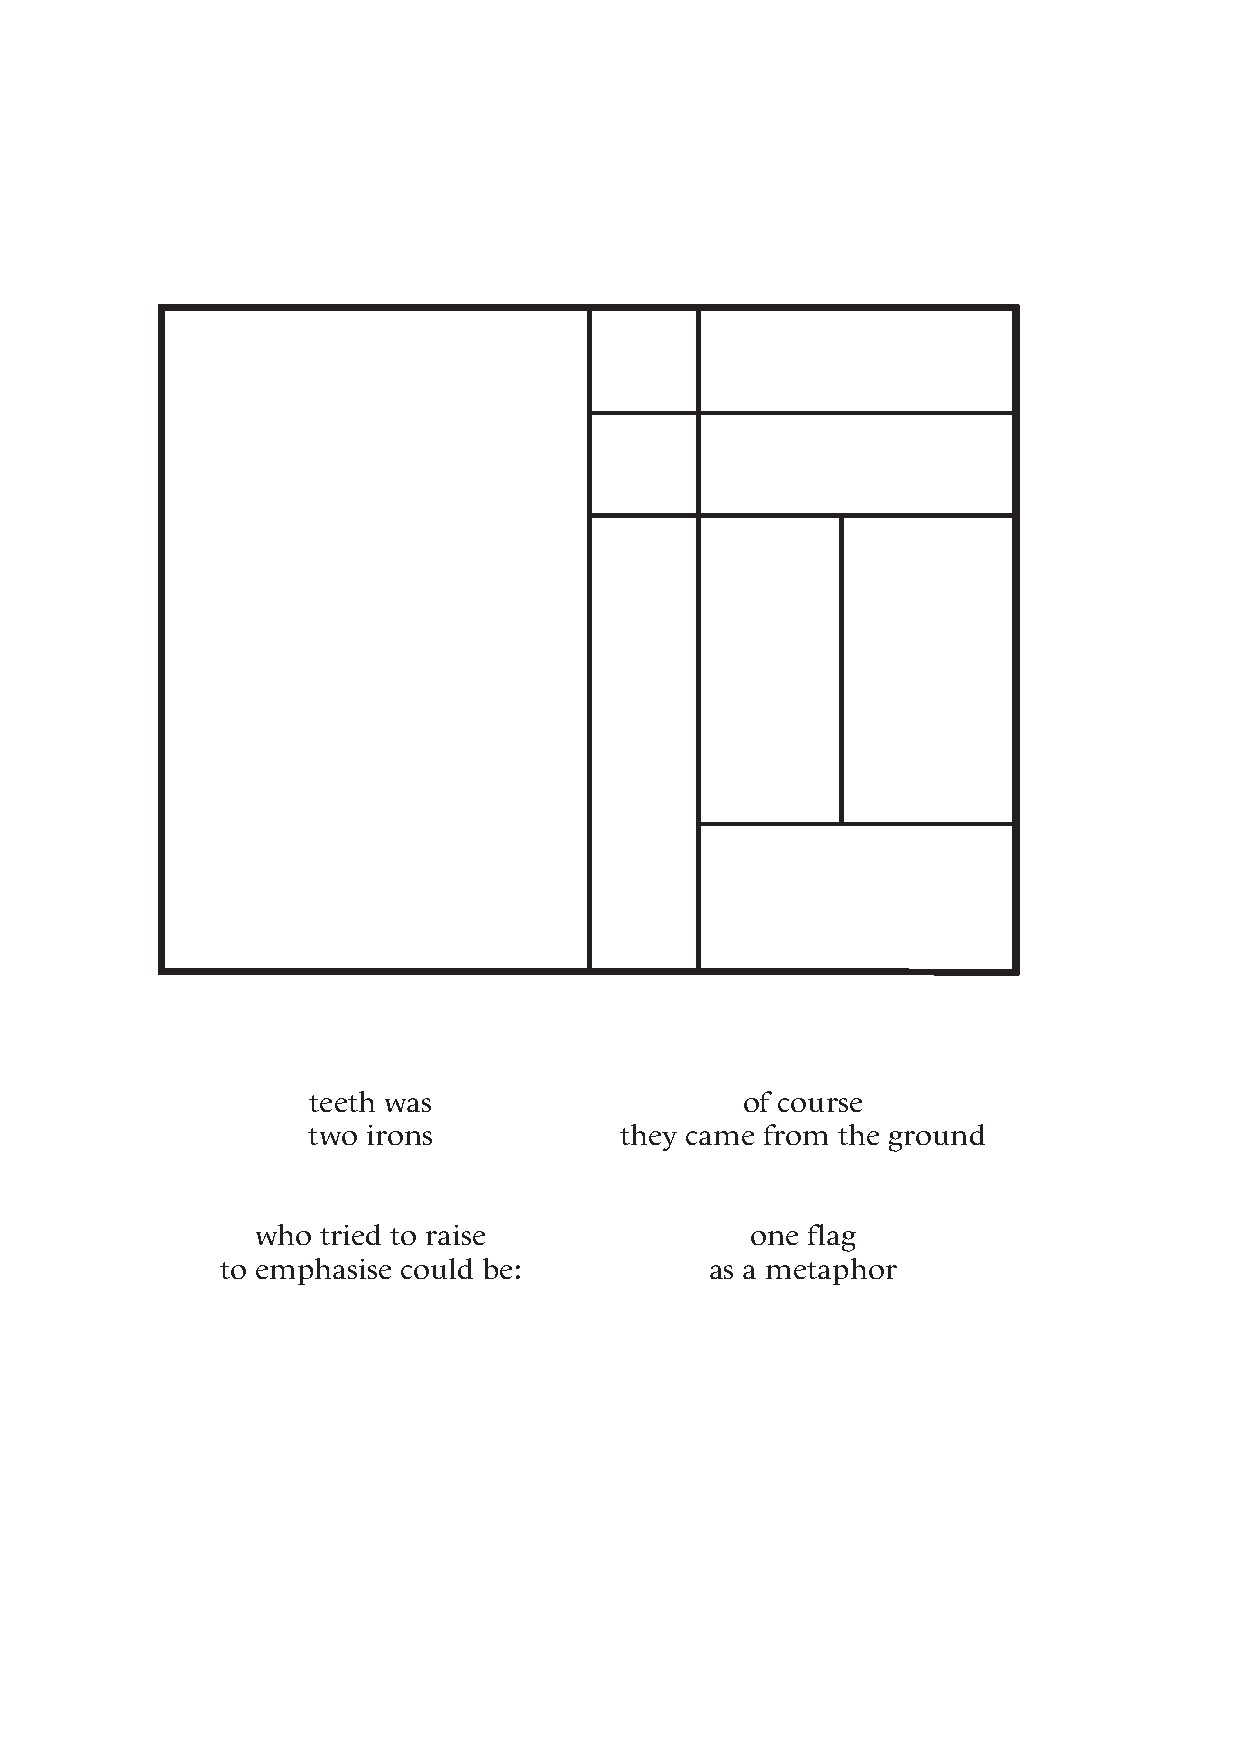
teeth was                   of course
 two irons            they came from the ground
 who tried to raise               one flag
 to emphasise could be:          as a metaphor
 44